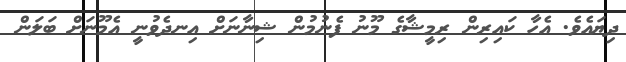
ދިޔައެވެ. އެހާ ކައިރިން ރިމީޝާގެ މޫނު ފެނުމުން ޝިނާނަށް އިނދެވުނީ އެމޫނަށް ބަލަން